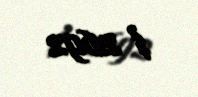
$ 2692